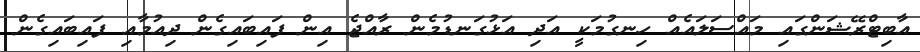
އާބިޓްރޭޝަންގައި މައްސަލައެއް ހިނގުމަކީ އަދި އަޅުގަނޑުމެން ރާއްޖެ އިން ފައިބައިގެން ދިއުމާއި ފައިބައިގެން